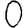
Digit: 0